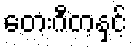
တေးဂီတနှင့်